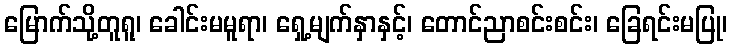
မြောက်သို့တူရူ၊ ခေါင်းမမူရာ၊ ရှေ့မျက်နှာနှင့်၊ တောင်ညာစင်းစင်း၊ ခြေရင်းမပြု၊